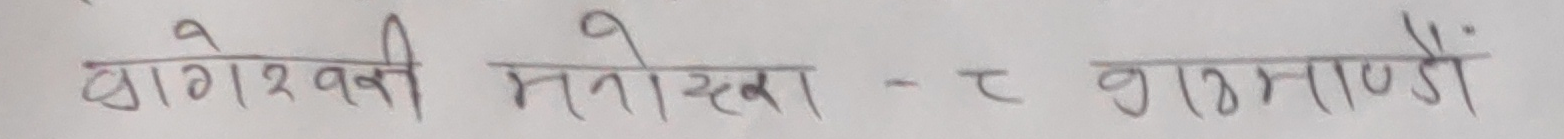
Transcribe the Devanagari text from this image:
ढाणेश्वरकी मनोहरा -२ शंखरामुली"